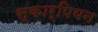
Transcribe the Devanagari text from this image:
स्कार्पियन